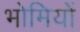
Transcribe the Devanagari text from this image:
भोमियों